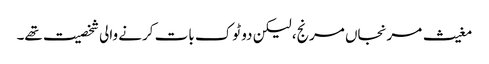
مغیث مرنجاں مرنج، لیکن دو ٹوک بات کرنے والی شخصیت تھے۔